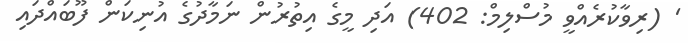
' (ރިވާކުރެއްވީ މުސްލިމް: 402) އަދި މީގެ އިތުރުން ނަމާދުގެ އުނިކަން ފޫބައްދައި